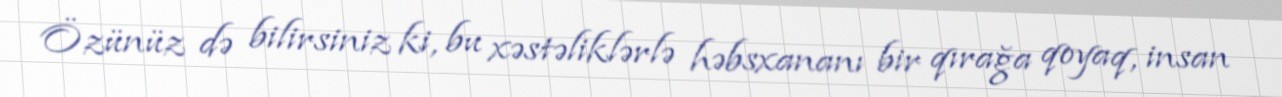
Özünüz də bilirsiniz ki, bu xəstəliklərlə həbsxananı bir qırağa qoyaq, insan